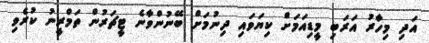
އަދި މިހާރު އަރަބި މީޑިއަމަށް ކިޔަވައި ދިނުމަށް ބޭނުންވާނެ ޓީޗަރުން ތަމްރީނު ކުރެވި